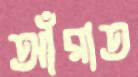
আঁরাত